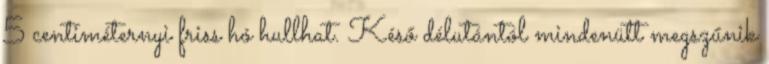
5 centiméternyi friss hó hullhat. Késő délutántól mindenütt megszűnik